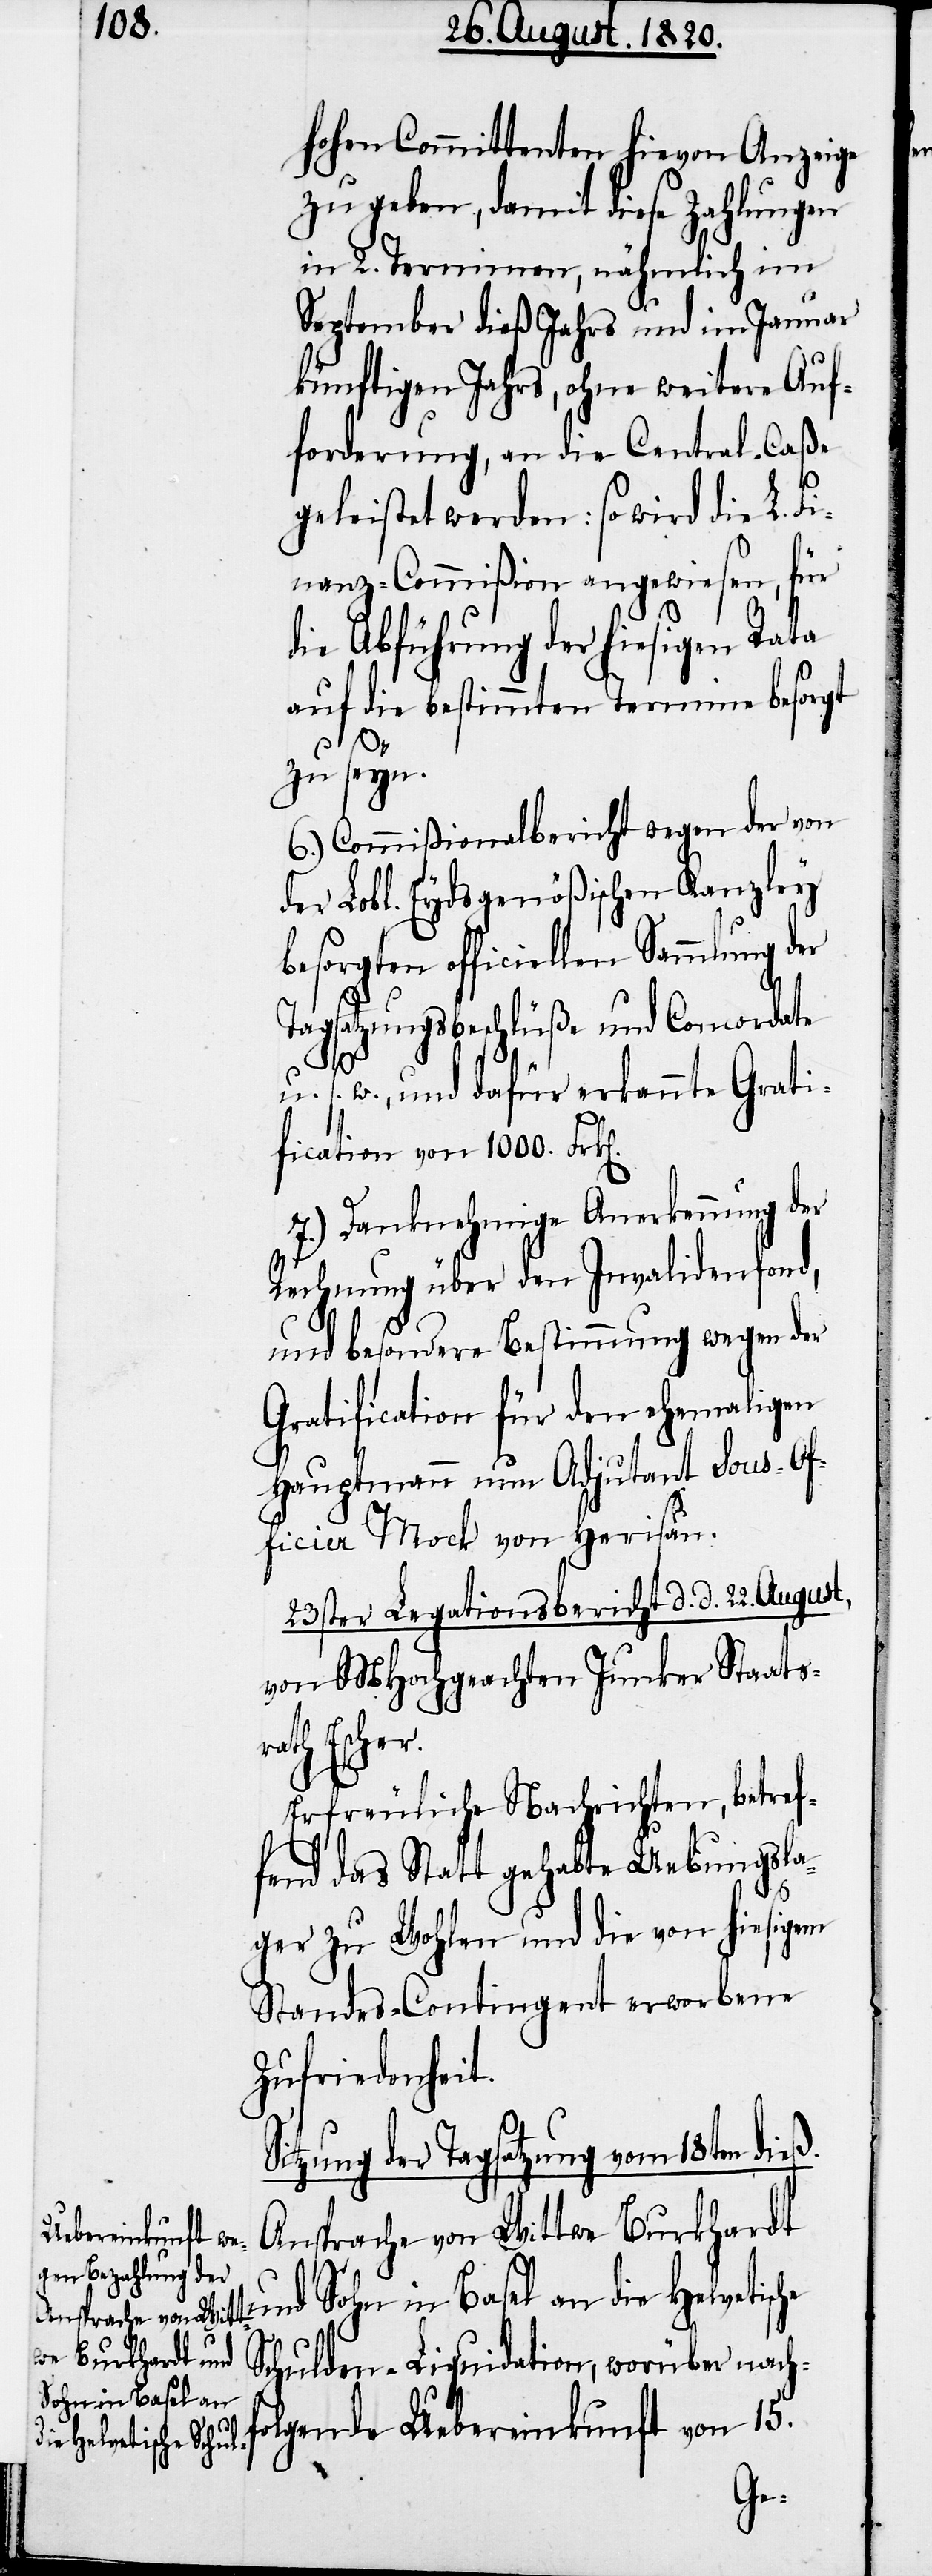
hohen Committenten hievon Anzeige
zu geben, damit diese Zahlungen
in 2. Terminen, nähmlich im
September dieß Jahrs und im Januar
künftigen Jahrs, ohne weitere Auf¬
forderung, an die Central-Caßa
geleistet werden: so wird die L. F¬
inanz-Commißion angewiesen, für
die Abführung der hiesigen Rata
auf die bestimmten Termine besorgt
zu seyn.
6.) Commißionalbericht wegen der von
der Lobl. Eydsgenößischen Kanzley
Tagsatzungsbeschlüße und Concordate
u. s. w., und dafür erkannten Grati¬
fication von 1000. Frk[en].
7.) Danknehmige Anerkennung der
Rechnung über den Invalidenfond,
und besondere Bestimmung wegen der
Gratification für den ehemaligen
Hauptmann nun Adjutant sous-Of¬
ficier Mock von Herisau.
23ster Legationsbericht d. d. 22. August,
von MHochgeachten Junker Staatsr¬
ath Escher.
Erfreuliche Nachrichten, betref¬
fend das Statt gehabte Uebungsla¬
ger zu Wohlen und die von hiesigem
Standes-Contingent erworbene
Zufriedenheit.
Sitzung der Tagsatzung vom 18ten dieß.
Ansprache von Wittwe Burkhard¬
t und Sohn in Basel an die Helvetische
Schulden-Liquidation, worüber nach¬
folgende Uebereinkunft von 15.
der